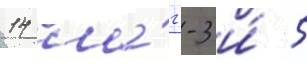
14 ла́гг-3 и́ 5